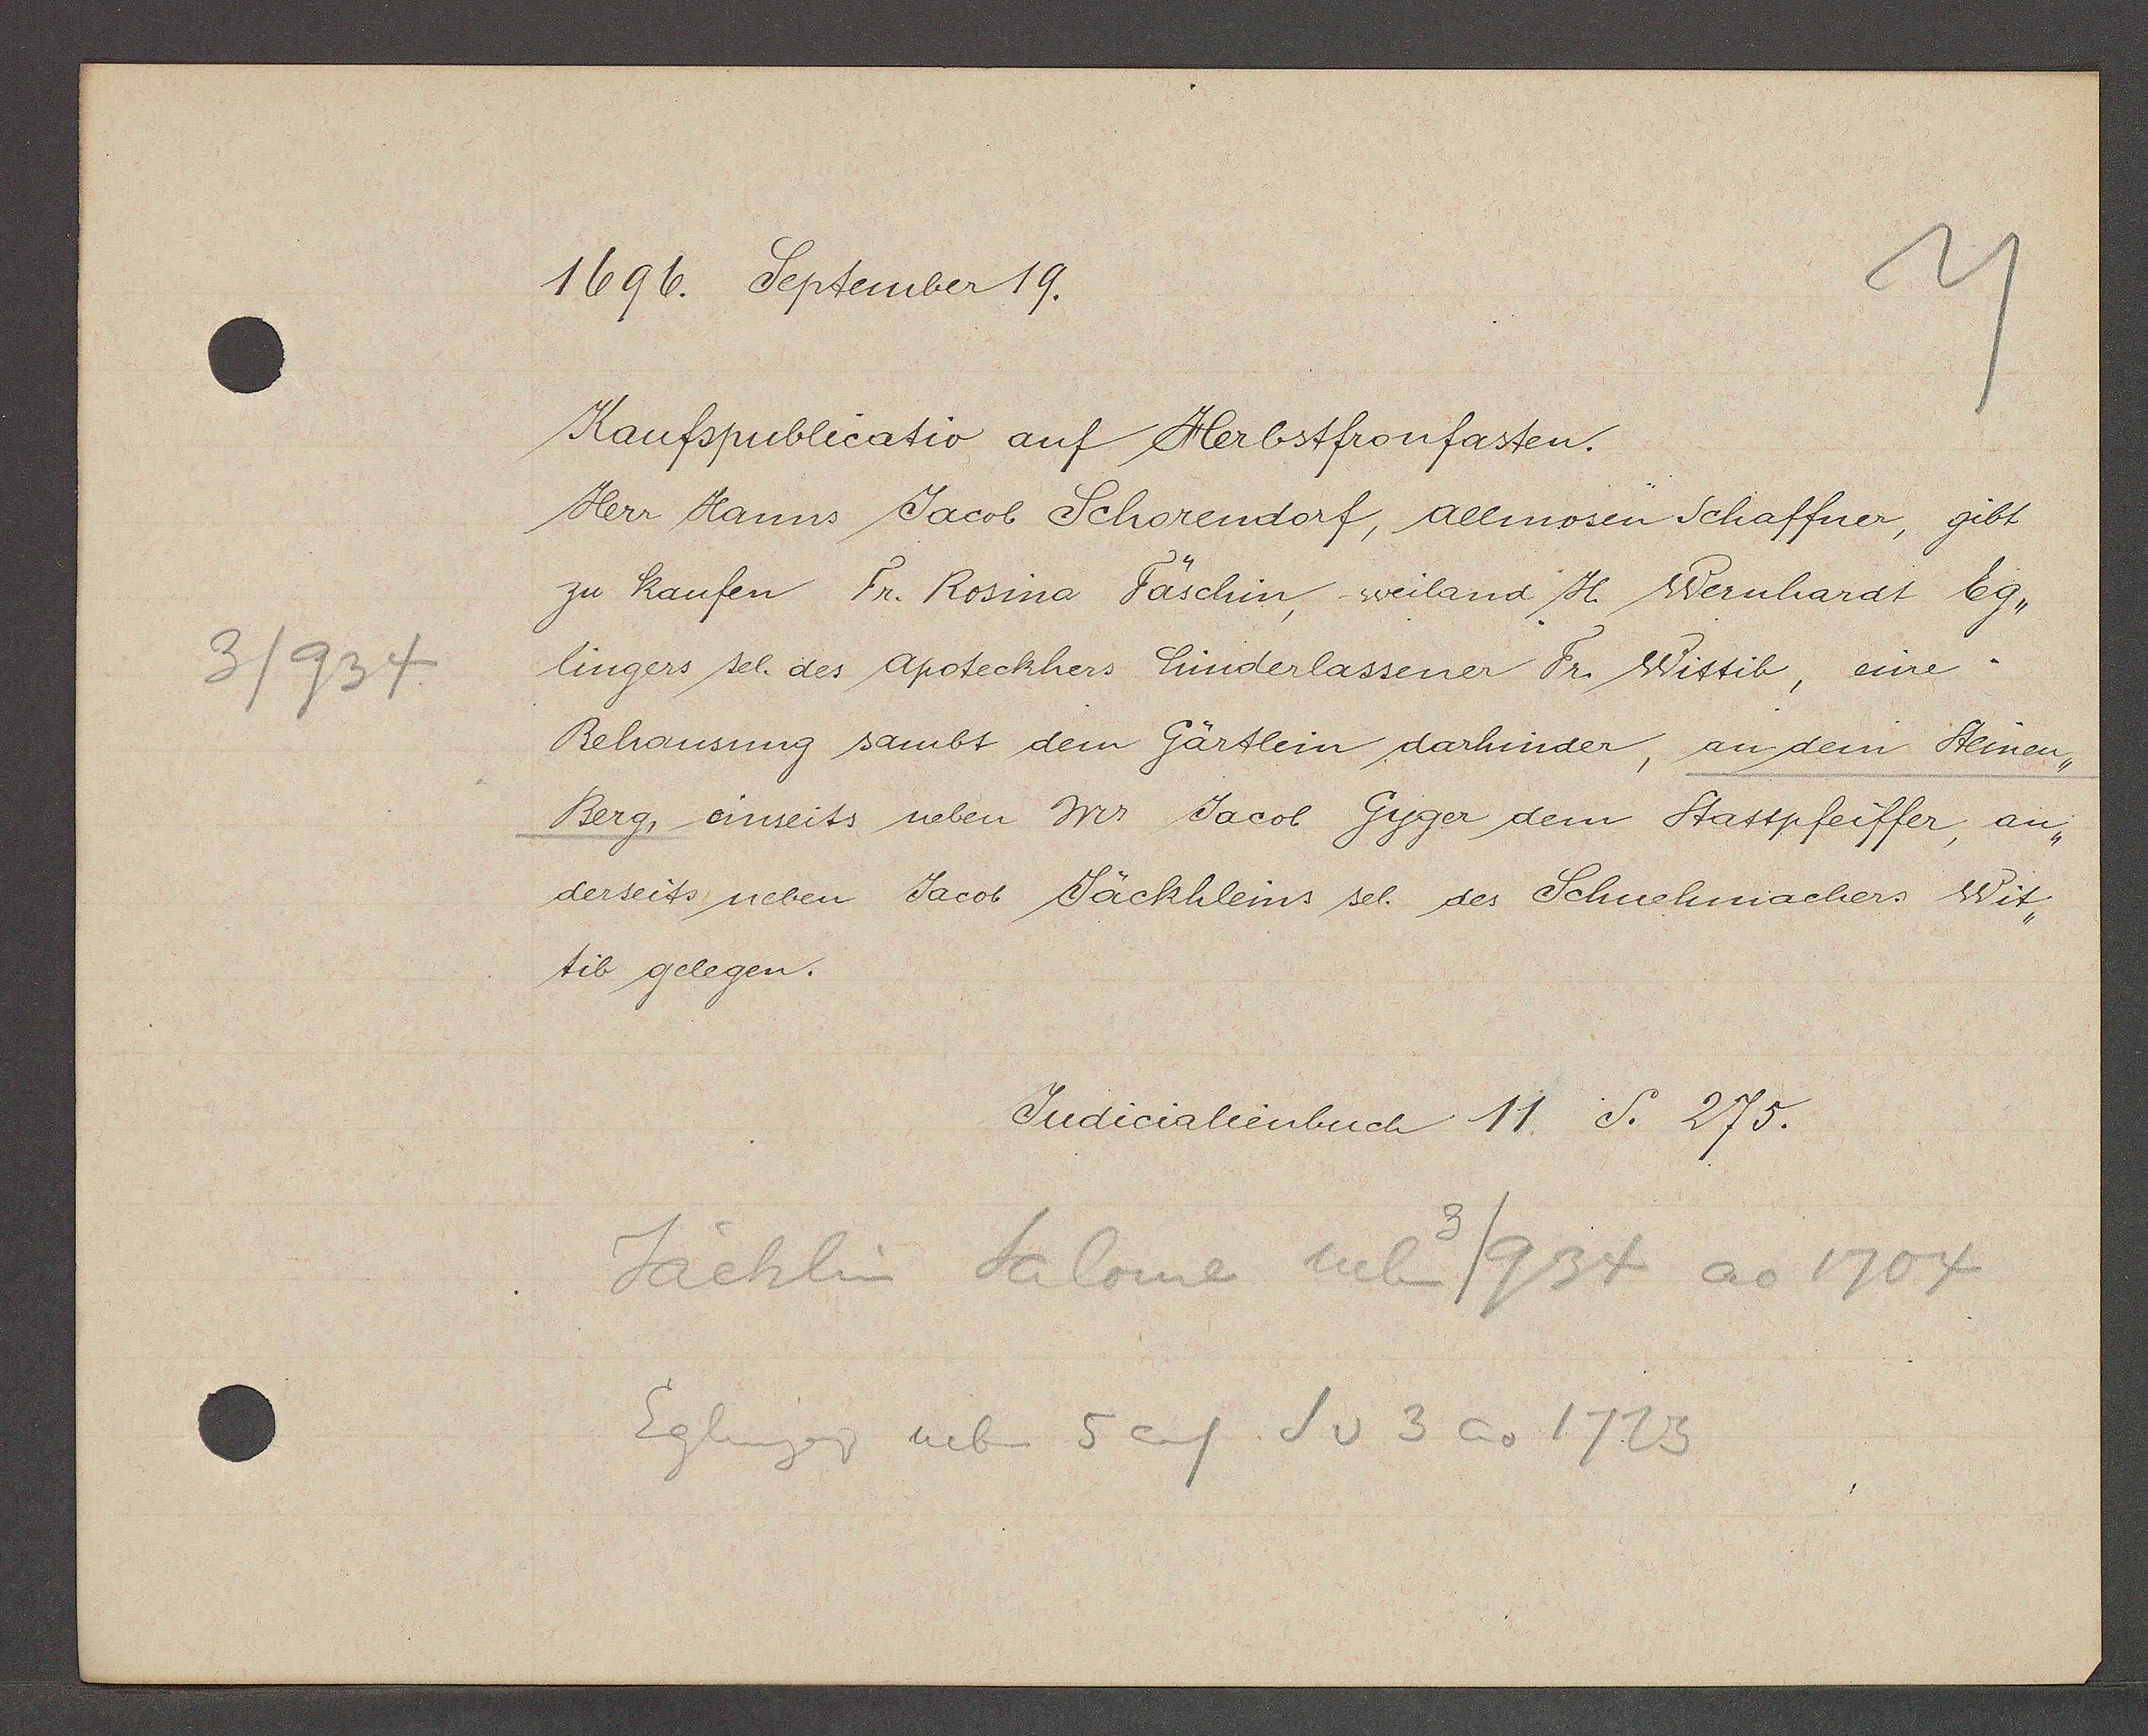
Transcript:
3/934

1696. September 19.

Kaufpublicatio auf Herbstfronfasten.
Herr Hanns Jacob Schorendorf, allmosen Schaffner, gibt
zu kaufen Fr. Rosina Fäschin, weiland H. Wernhardt Eg¬
lingers sel. des Apoteckhers hinderlassener Fr. Wittib, eine
Behausung sambt dem Gärtlein darhinder, an dem Steinen¬
Berg, einseits neben Mr. Jacob Gyger dem Stattpfeiffer, an¬
derseits neben Jacob Jäckhleins sel. des Schuchmachers Wit¬
tib gelegen.

Judicalienbuch 11 S. 275.

Jäcklin Salome neben 3/934 ao 1704
Eglinger neben 5 auf S v 3 ao 1723